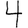
Digit: 4